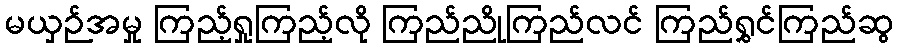
မယှဉ်အမှု ကြည့်ရှုကြည့်လို ကြည်ညိုကြည်လင် ကြည်ရွှင်ကြည်ဆွ